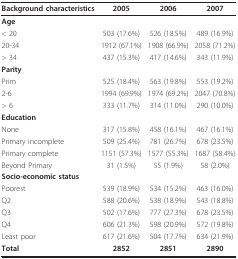
<table><thead><tr><td><b>Background characteristics</b></td><td><b>2005</b></td><td><b>2006</b></td><td><b>2007</b></td></tr></thead><tbody><tr><td><b>Age</b></td><td></td><td></td><td></td></tr><tr><td>&lt; 20</td><td>503 (17.6%)</td><td>526 (18.5%)</td><td>489 (16.9%)</td></tr><tr><td>20-34</td><td>1912 (67.1%)</td><td>1908 (66.9%)</td><td>2058 (71.2%)</td></tr><tr><td>&gt; 34</td><td>437 (15.3%)</td><td>417 (14.6%)</td><td>343 (11.9%)</td></tr><tr><td><b>Parity</b></td><td></td><td></td><td></td></tr><tr><td>Prim</td><td>525 (18.4%)</td><td>563 (19.8%)</td><td>553 (19.2%)</td></tr><tr><td>2-6</td><td>1994 (69.9%)</td><td>1974 (69.2%)</td><td>2047 (70.8%)</td></tr><tr><td>&gt; 6</td><td>333 (11.7%)</td><td>314 (11.0%)</td><td>290 (10.0%)</td></tr><tr><td><b>Education</b></td><td></td><td></td><td></td></tr><tr><td>None</td><td>317 (15.8%)</td><td>458 (16.1%)</td><td>467 (16.1%)</td></tr><tr><td>Primary incomplete</td><td>509 (25.4%)</td><td>781 (26.7%)</td><td>678 (23.5%)</td></tr><tr><td>Primary complete</td><td>1151 (57.3%)</td><td>1577 (55.3%)</td><td>1687 (58.4%)</td></tr><tr><td>Beyond Primary</td><td>31 (1.5%)</td><td>55 (1.9%)</td><td>58 (2.0%)</td></tr><tr><td><b>Socio-economic status</b></td><td></td><td></td><td></td></tr><tr><td>Poorest</td><td>539 (18.9%)</td><td>534 (15.2%)</td><td>463 (16.0%)</td></tr><tr><td>Q2</td><td>588 (20.6%)</td><td>538 (18.9%)</td><td>543 (18.8%)</td></tr><tr><td>Q3</td><td>502 (17.6%)</td><td>777 (27.3%)</td><td>678 (23.5%)</td></tr><tr><td>Q4</td><td>606 (21.3%)</td><td>598 (20.9%)</td><td>572 (19.8%)</td></tr><tr><td>Least poor</td><td>617 (21.6%)</td><td>504 (17.7%)</td><td>634 (21.9%)</td></tr><tr><td><b>Total</b></td><td><b>2852</b></td><td><b>2851</b></td><td><b>2890</b></td></tr></tbody></table>